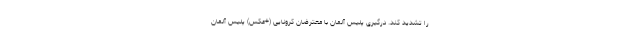
را تشدید کند. درگیری پلیس آلمان با معترضان کرونایی (+عکس) پلیس آلمان